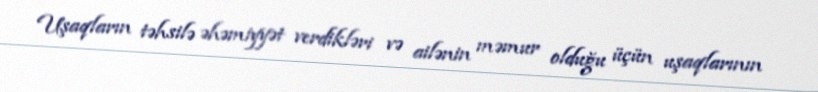
Uşaqların təhsilə əhəmiyyət verdikləri və ailənin məmur olduğu üçün uşaqlarının